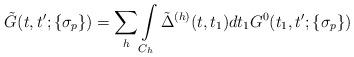
LaTeX: \begin{align*}\tilde G(t,t';\{\sigma_p\})=\sum_h\int\limits_{C_h}\tilde\Delta^{(h)}(t,t_1) dt_1G^0(t_1,t';\{\sigma_p\})\end{align*}